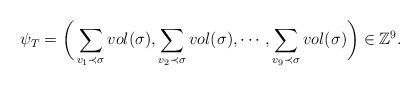
LaTeX: \begin{align*}\psi_{T}=\bigg(\sum_{v_{1}\prec\sigma}vol(\sigma),\sum_{v_{2}\prec\sigma}vol(\sigma),\cdots,\sum_{v_{9}\prec\sigma}vol(\sigma)\bigg)\in\mathbb{Z}^{9}.\end{align*}